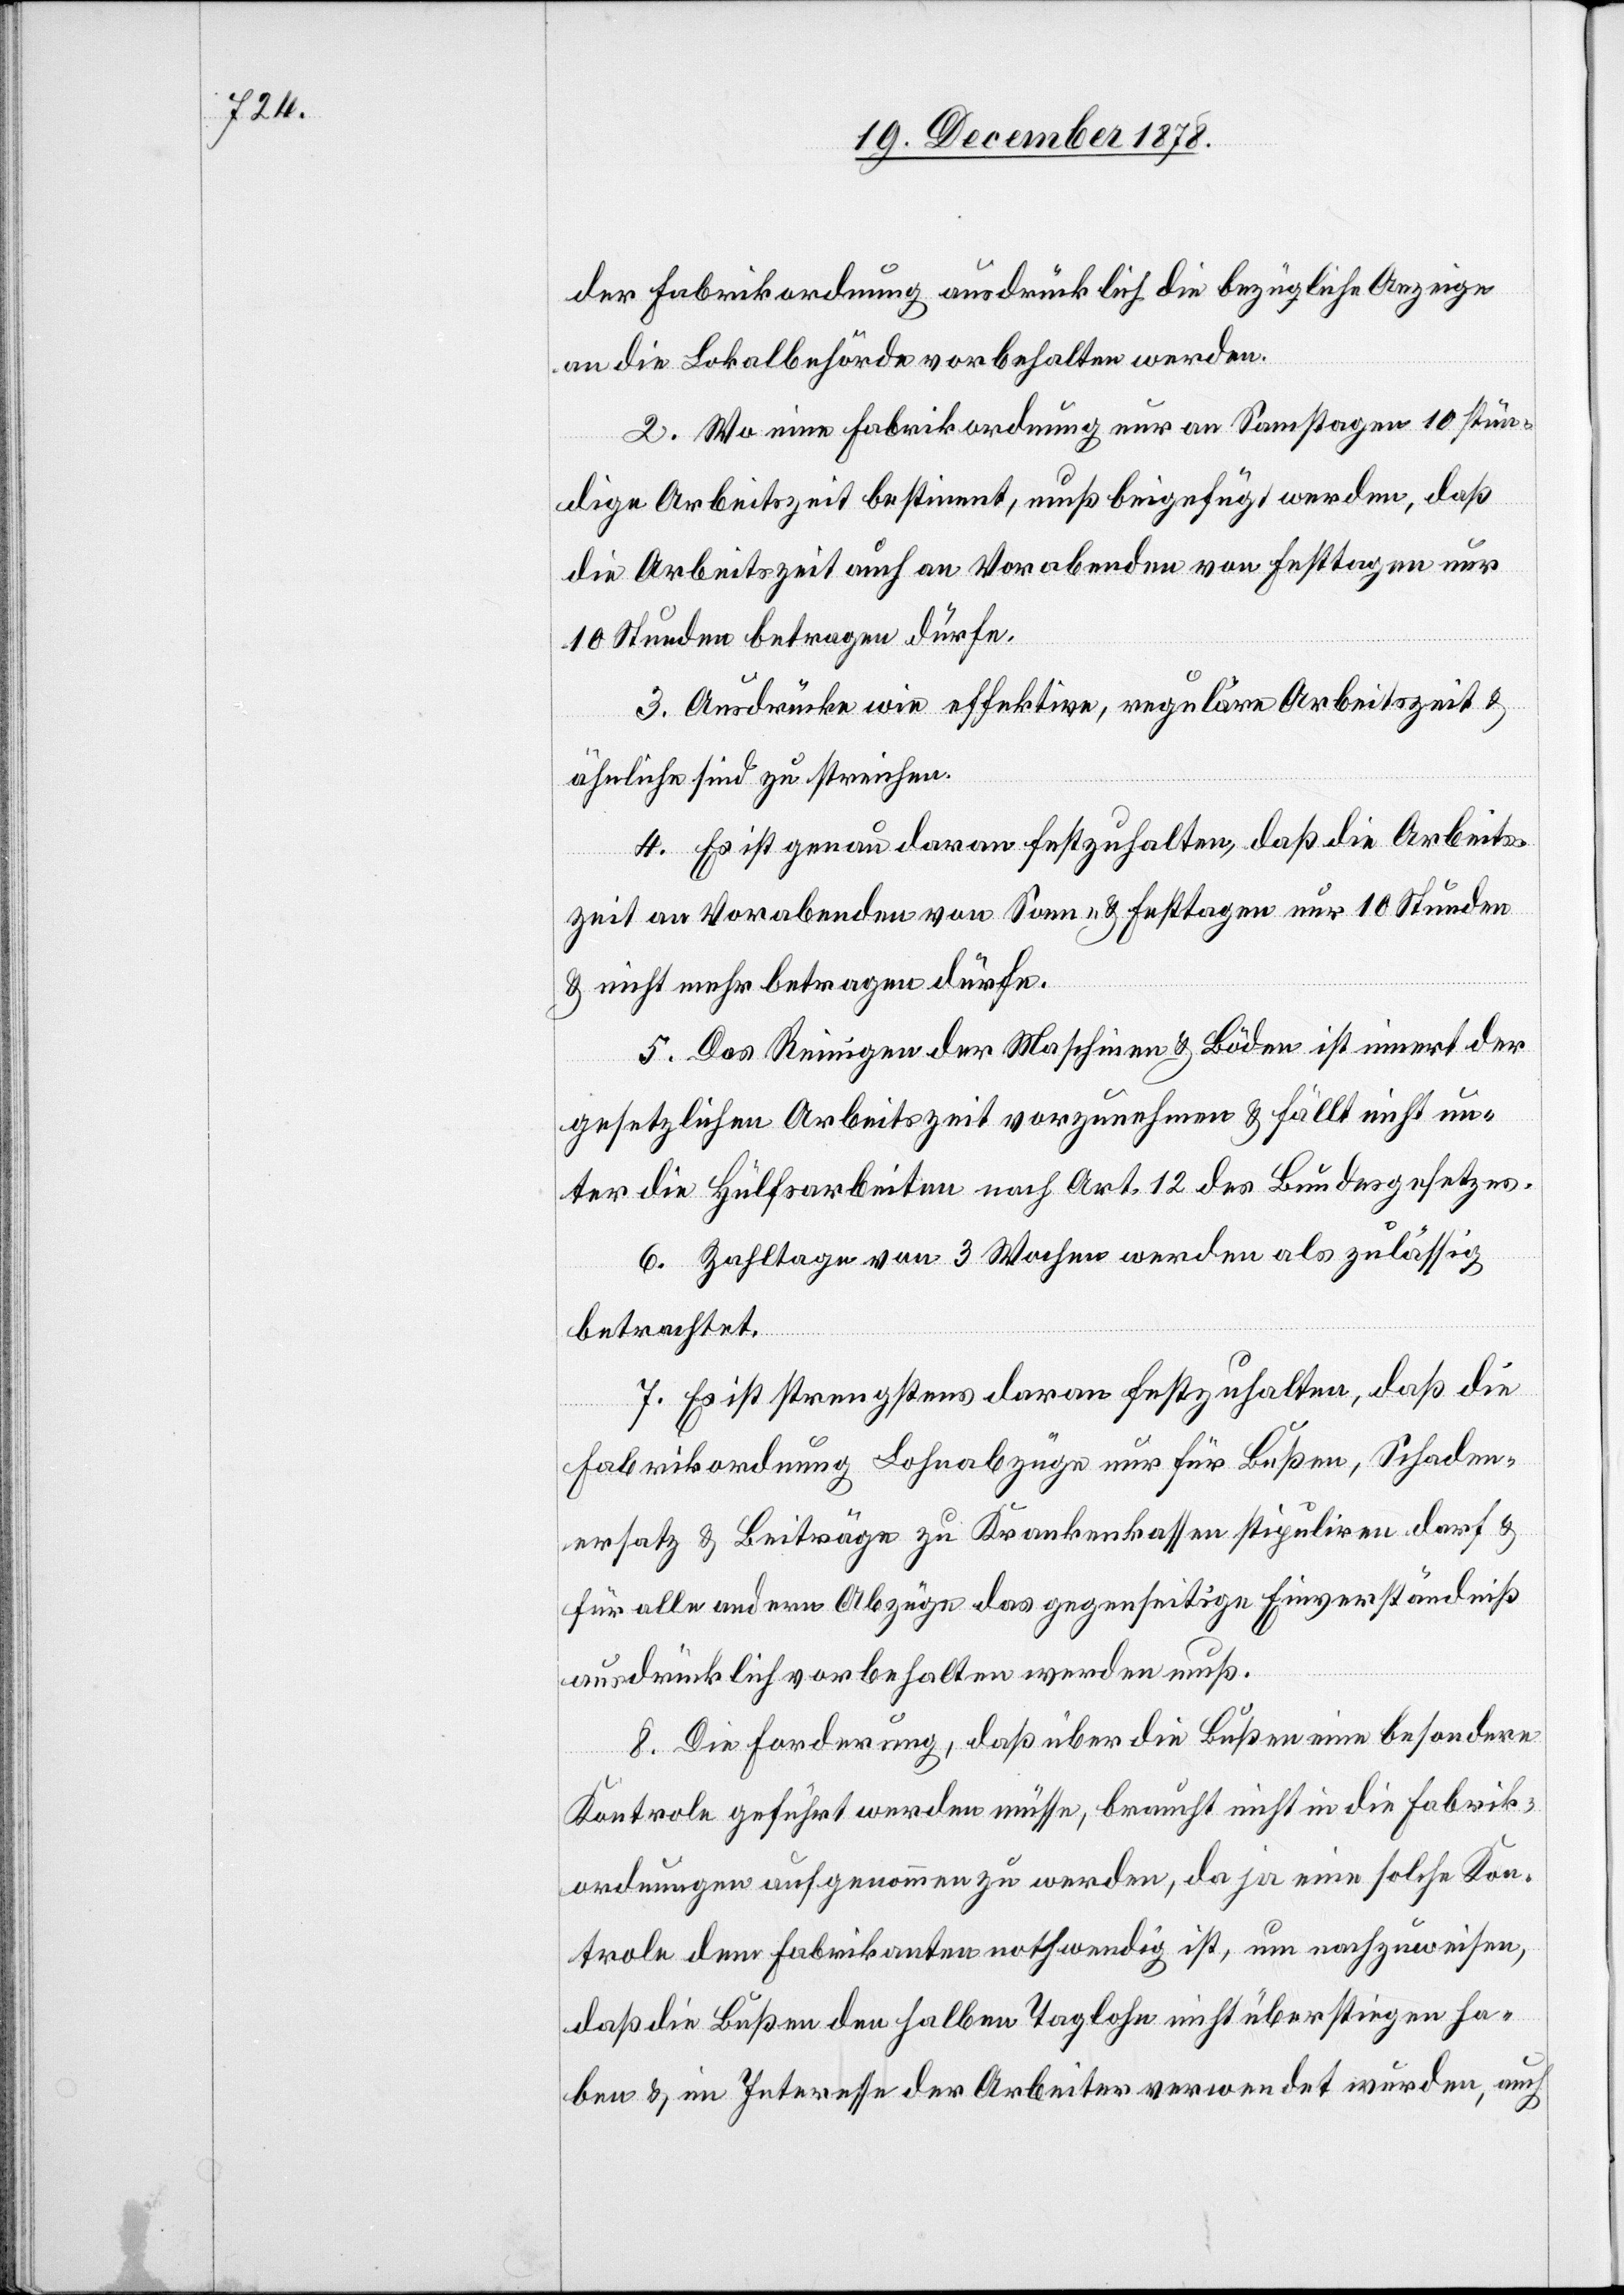
der Fabrikordnung ausdrücklich die bezügliche Anzeige
an die Lokalbehörde vorbehalten werden.
2. Wo eine Fabrikordnung nur an Samstagen 10 stün¬
dige Arbeitszeit bestimmt, muß beigefügt werden, daß
die Arbeitszeit auch an Vorabenden von Festtagen nur
10 Stunden betragen dürfe.
3. Ausdrücke wie effektive, reguläre Arbeitszeit &
ähnliche sind zu streichen.
4. Es ist genau daran festzuhalten, daß die Arbeits¬
zeit an Vorabenden von Sonn- und Festtagen nur 10 Stunden
& nicht mehr betragen dürfe.
5. Das Reinigen der Maschinen & Böden ist innert der
gesetzlichen Arbeitszeit vorzunehmen & fällt nicht un¬
ter die Hülfsarbeiten nach Art. 12 des Bundesgesetzes.
6. Zahltage von 3 Wochen werden als zulässig
betrachtet.
7. Es ist strengstens daran festzuhalten, daß die
Fabrikordnung Lohnabzüge nur für Bußen, Schaden¬
ersatz & Beiträge zu Krankenkassen stipuliren darf &
für alle andern Abzüge das gegenseitige Einverständniß
ausdrücklich vorbehalten werden muß.
8. Die Forderung, daß über die Bußen eine besondere
Kontrole geführt werden müsse, braucht nicht in die Fabrik¬
ordnungen aufgenommen zu werden, da ja eine solche Kon¬
trole dem Fabrikanten nothwendig ist, um nachzuweisen,
daß die Bußen den halben Taglohn nicht überstiegen ha¬
ben & im Interesse der Arbeiter verwendet wurden, auch